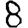
Digit: 8